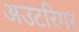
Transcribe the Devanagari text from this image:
अउटरिगर